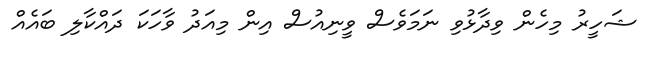
ޝަހީރު މިހެން ވިދާޅުވި ނަމަވެސް ވީނިއުސް އިން މިއަދު ވާހަކަ ދައްކާލި ބައެއް